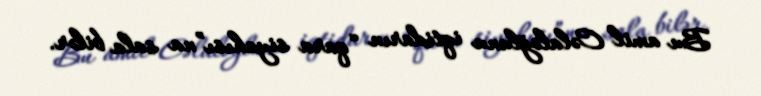
Bu amil Cəlaloğlunu iqtidarın “qara siyahısı”na sala bilər.